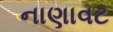
નાણાવટ